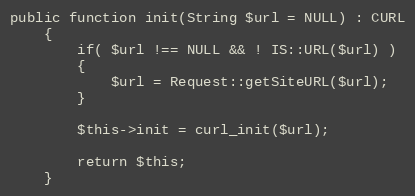
Language: PHP
public function init(String $url = NULL) : CURL
    {
        if( $url !== NULL && ! IS::URL($url) )
        {
            $url = Request::getSiteURL($url);
        }

        $this->init = curl_init($url);

        return $this;
    }